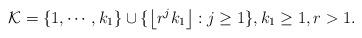
LaTeX: \begin{align*} \mathcal{K} = \{1, \cdots, k_{1}\}\cup\{ \left \lfloor{r^{j}k_{1}}\right \rfloor: j \geq 1\}, k_{1} \geq 1, r>1.\end{align*}